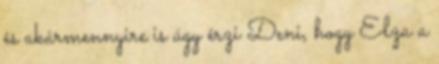
és akármennyire is úgy érzi Deni, hogy Elza a